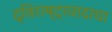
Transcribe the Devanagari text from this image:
द्विराष्ट्रवादाचा